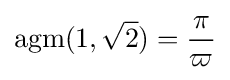
\operatorname {agm} (1,{\sqrt {2}})={\frac {\pi }{\varpi }}